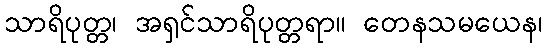
သာရိပုတ္တ၊ အရှင်သာရိပုတ္တရာ။ တေနသမယေန၊